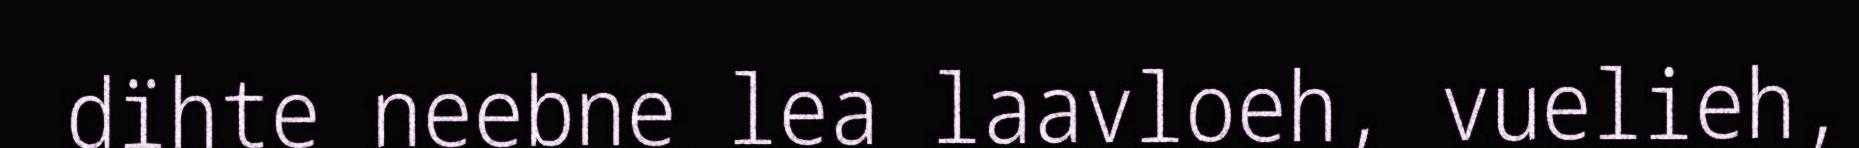
dïhte neebne lea laavloeh, vuelieh,